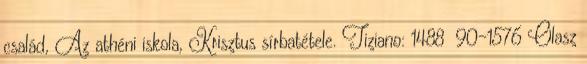
család, Az athéni iskola, Krisztus sírbatétele. Tiziano: 1488 90-1576 Olasz